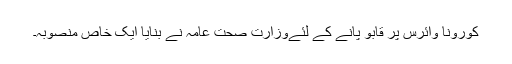
کورونا وائرس پر قابو پانے کے لئےوزارت صحت عامہ نے بنایا ایک خاص منصوبہ۔